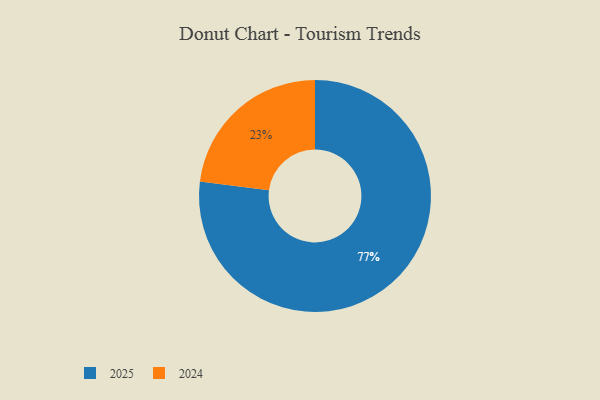
{"axis": {"x": "Category", "y": "Percentage"}, "legend": ["2024", "2025"], "data": [{"x": "2025", "y": 77, "type": "2025"}, {"x": "2024", "y": 23, "type": "2024"}]}